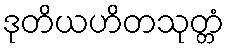
ဒုတိယဟိတသုတ္တံ